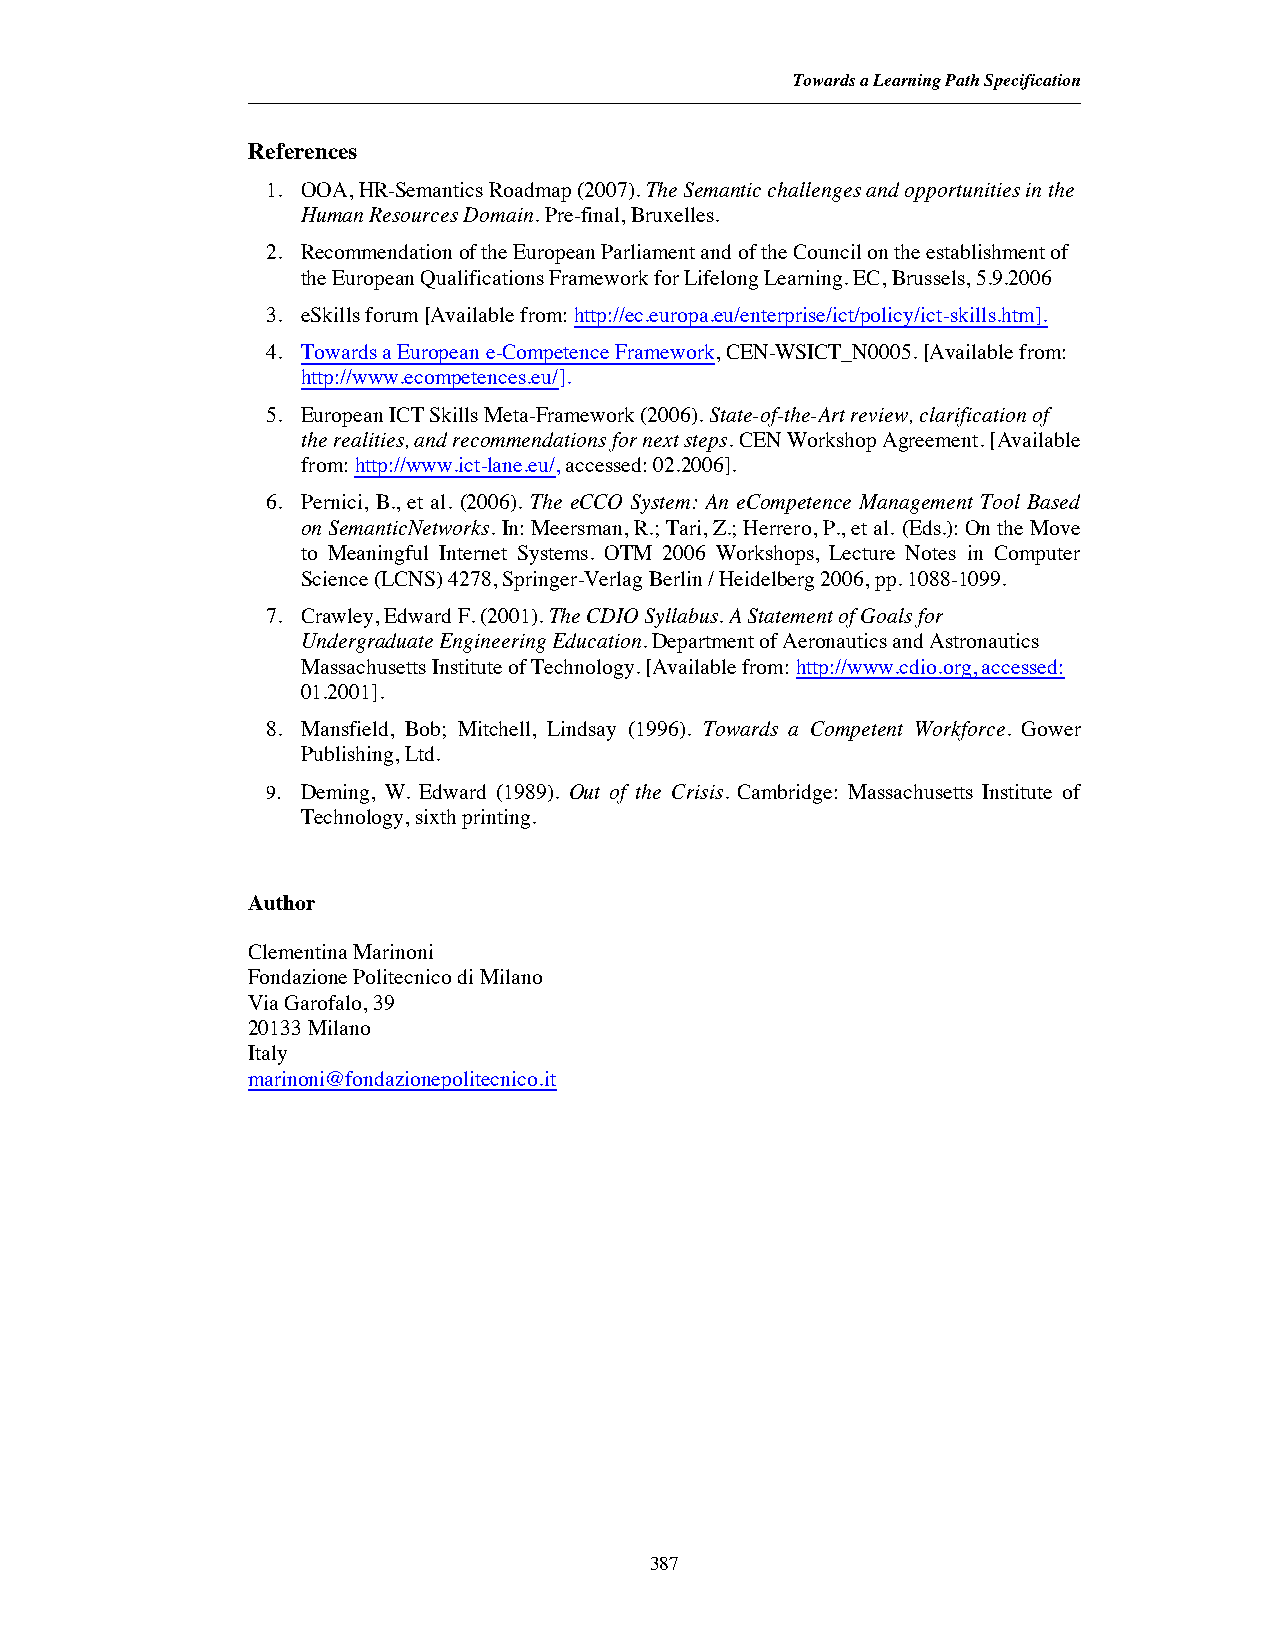
Towards a Learning Path Specification
 References
 1. OOA,HR-Semantics Roadmap (2007).The Semantic challenges and opportunities in the
 Human Resources Domain. Pre-final, Bruxelles.
 2. Recommendationof the European Parliament and of the Council on the establishment of
 the European Qualifications Framework for Lifelong Learning. EC, Brussels, 5.9.2006
 3. eSkills forum[Available from:http://ec.europa.eu/enterprise/ict/policy/ict-skills.htm].
 4. Towards a European e-Competence Framework,CEN-WSICT_N0005.[Available from:
 http://www.ecompetences.eu/].
 5. European ICT Skills Meta-Framework (2006).State-of-the-Art review, clarification of
 the realities, and recommendations for next steps. CEN Workshop Agreement. [Available
 from:http://www.ict-lane.eu/, accessed: 02.2006].
 6. Pernici, B., et al. (2006). The eCCO System: An eCompetence Management Tool Based
 on SemanticNetworks.In: Meersman, R.; Tari, Z.; Herrero, P., et al. (Eds.): On the Move
 to Meaningful Internet Systems. OTM 2006 Workshops, Lecture Notes in Computer
 Science (LCNS) 4278, Springer-Verlag Berlin / Heidelberg 2006, pp. 1088-1099.
 7. Crawley, Edward F. (2001).The CDIO Syllabus. A Statement of Goals for
 Undergraduate Engineering Education. Department of Aeronautics and Astronautics
 Massachusetts Institute of Technology. [Available from: http://www.cdio.org, accessed:
 01.2001].
 8. Mansfield, Bob; Mitchell, Lindsay (1996). Towards a Competent Workforce. Gower
 Publishing, Ltd.
 9. Deming, W. Edward (1989). Out of the Crisis. Cambridge: Massachusetts Institute of
 Technology, sixth printing.
 Author
 Clementina Marinoni
 Fondazione Politecnico di Milano
 Via Garofalo, 39
 20133 Milano
 Italy
 marinoni@fondazionepolitecnico.it
 387